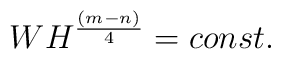
W H^{(m-n)\over 4} = const.